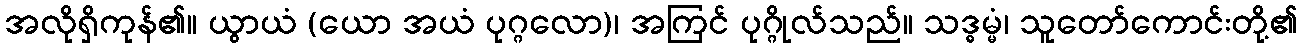
အလိုရှိကုန်၏။ ယွာယံ (ယော အယံ ပုဂ္ဂလော)၊ အကြင် ပုဂ္ဂိုလ်သည်။ သဒ္ဓမ္မံ၊ သူတော်ကောင်းတို့၏